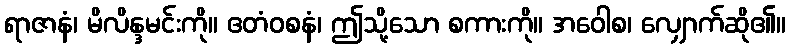
ရာဇာနံ၊ မိလိန္ဒမင်းကို။ ဧတံဝစနံ၊ ဤသို့သော စကားကို။ အဝေါစ၊ လျှောက်ဆို၏။